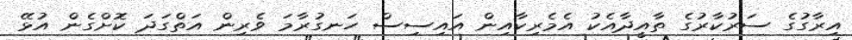
އިރާގުގެ ސަރުކާރުގެ ތާއީދާއެކު އެމެރިކާއިން އައިސިސް ހަނގުރާމަ ވެރިން އަތްގަދަ ކޮށްގެން އުޅޭ